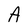
Character: A